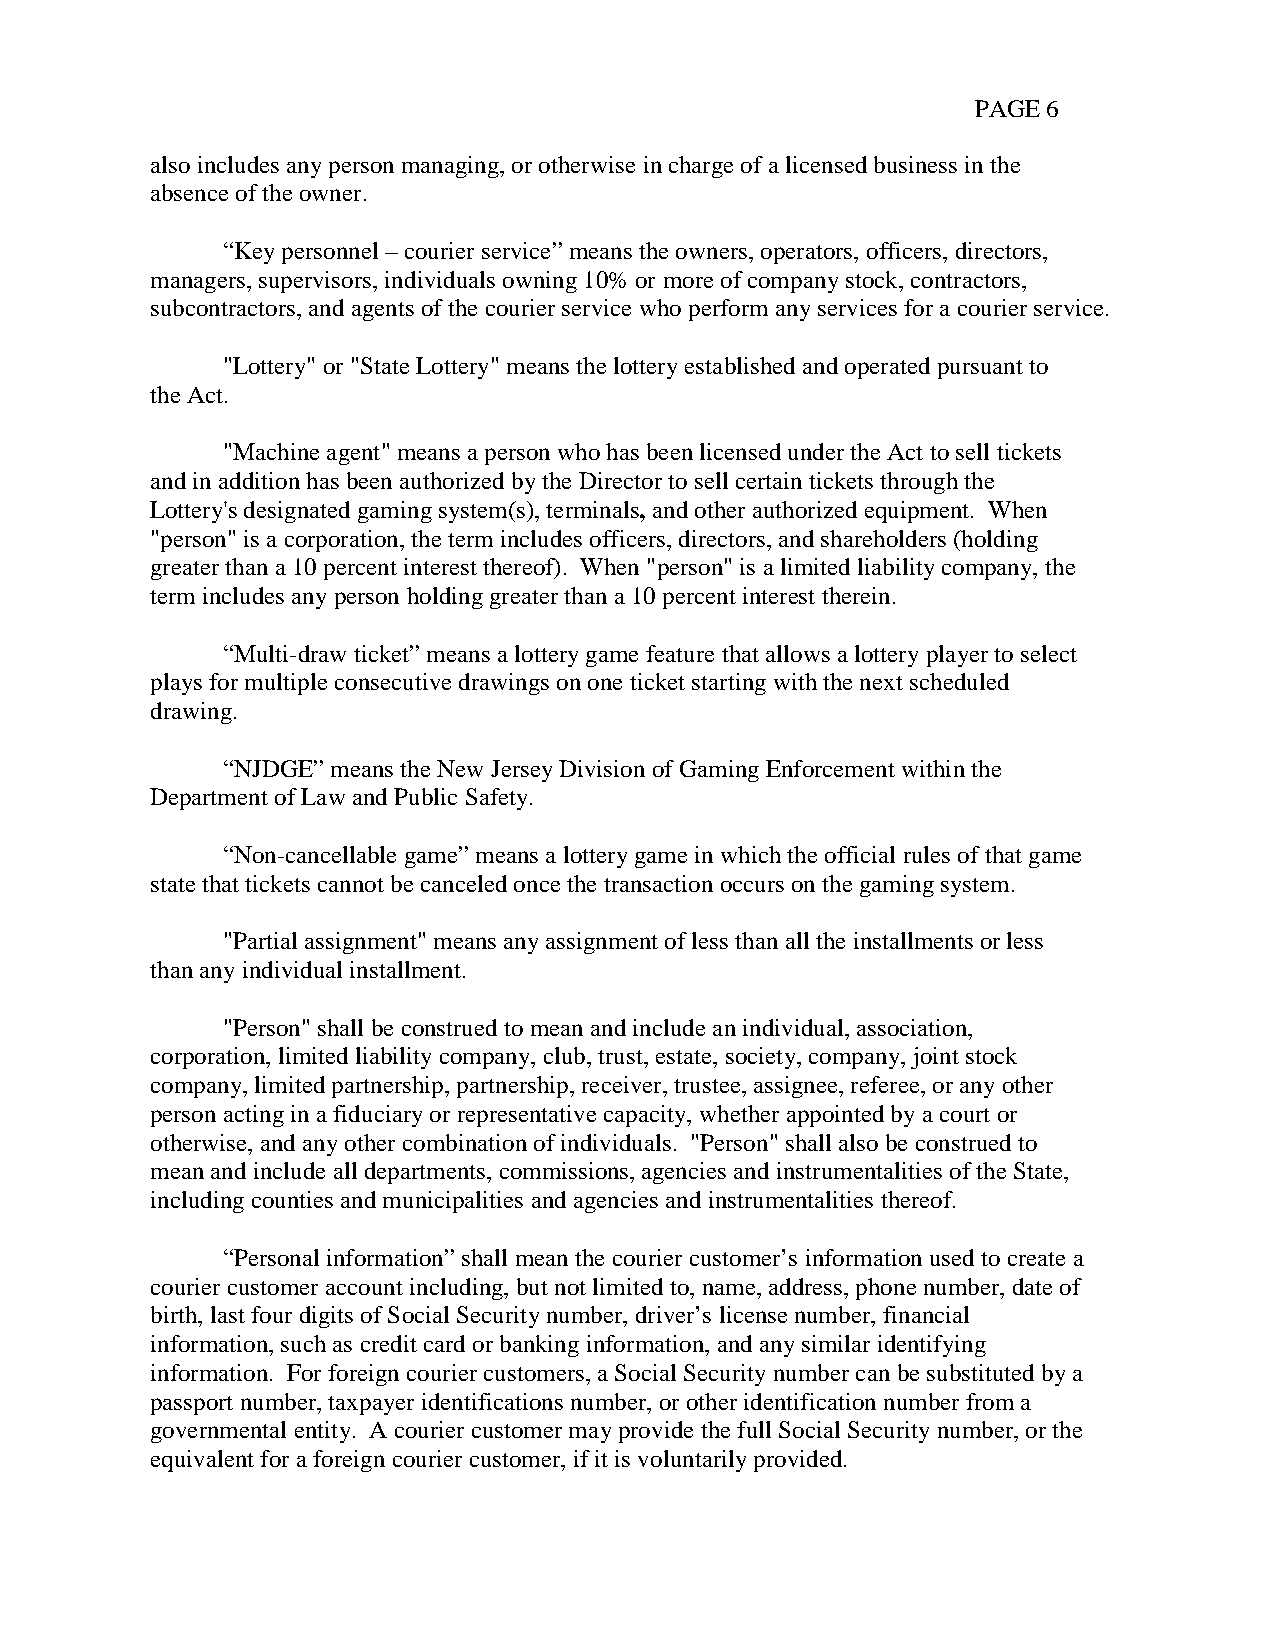
PAGE 6
 also includes any person managing, or otherwise in charge of a licensed business in the
 absence of the owner.
 “Key personnel – courier service” means the owners, operators, officers, directors,
 managers, supervisors, individuals owning 10% or more of company stock, contractors,
 subcontractors, and agents of the courier service who perform any services for a courier service.
 "Lottery" or "State Lottery" means the lottery established and operated pursuant to
 the Act.
 "Machine agent" means a person who has been licensed under the Act to sell tickets
 and in addition has been authorized by the Director to sell certain tickets through the
 Lottery's designated gaming system(s), terminals, and other authorized equipment. When
 "person" is a corporation, the term includes officers, directors, and shareholders (holding
 greater than a 10 percent interest thereof). When "person" is a limited liability company, the
 term includes any person holding greater than a 10 percent interest therein.
 “Multi-draw ticket” means a lottery game feature that allows a lottery player to select
 plays for multiple consecutive drawings on one ticket starting with the next scheduled
 drawing.
 “NJDGE” means the New Jersey Division of Gaming Enforcement within the
 Department of Law and Public Safety.
 “Non-cancellable game” means a lottery game in which the official rules of that game
 state that tickets cannot be canceled once the transaction occurs on the gaming system.
 "Partial assignment" means any assignment of less than all the installments or less
 than any individual installment.
 "Person" shall be construed to mean and include an individual, association,
 corporation, limited liability company, club, trust, estate, society, company, joint stock
 company, limited partnership, partnership, receiver, trustee, assignee, referee, or any other
 person acting in a fiduciary or representative capacity, whether appointed by a court or
 otherwise, and any other combination of individuals. "Person" shall also be construed to
 mean and include all departments, commissions, agencies and instrumentalities of the State,
 including counties and municipalities and agencies and instrumentalities thereof.
 “Personal information” shall mean the courier customer’s information used to create a
 courier customer account including, but not limited to, name, address, phone number, date of
 birth, last four digits of Social Security number, driver’s license number, financial
 information, such as credit card or banking information, and any similar identifying
 information. For foreign courier customers, a Social Security number can be substituted by a
 passport number, taxpayer identifications number, or other identification number from a
 governmental entity. A courier customer may provide the full Social Security number, or the
 equivalent for a foreign courier customer, if it is voluntarily provided.